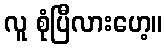
လူ စုံပြီလားဟေ့။